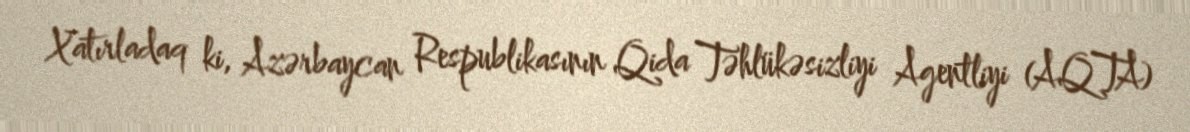
Xatırladaq ki, Azərbaycan Respublikasının Qida Təhlükəsizliyi Agentliyi (AQTA)